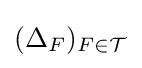
(\Delta _{F})_{F\in {\mathcal {T}}}